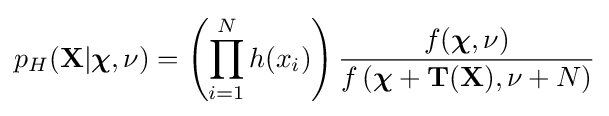
p_{H}(\mathbf {X} |{\boldsymbol {\chi }},\nu )=\left(\prod _{i=1}^{N}h(x_{i})\right){\dfrac {f({\boldsymbol {\chi }},\nu )}{f\left({\boldsymbol {\chi }}+\mathbf {T} (\mathbf {X} ),\nu +N\right)}}